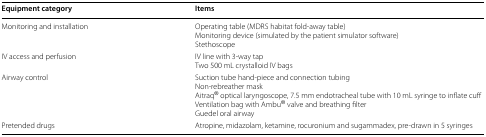
<table><thead><tr><td><b>Equipment category</b></td><td><b>Items</b></td></tr></thead><tbody><tr><td>Monitoring and installation</td><td>Operating table (MDRS habitat fold-away table)Monitoring device (simulated by the patient simulator software)Stethoscope</td></tr><tr><td>IV access and perfusion</td><td>IV line with 3-way tapTwo 500 mL crystalloid IV bags</td></tr><tr><td>Airway control</td><td>Suction tube hand-piece and connection tubingNon-rebreather maskAitraq<sup>®</sup> optical laryngoscope, 7.5 mm endotracheal tube with 10 mL syringe to inflate cuffVentilation bag with Ambu<sup>®</sup> valve and breathing filterGuedel oral airway</td></tr><tr><td>Pretended drugs</td><td>Atropine, midazolam, ketamine, rocuronium and sugammadex, pre-drawn in 5 syringes</td></tr></tbody></table>